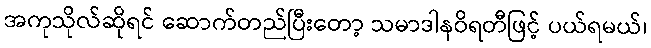
အကုသိုလ်ဆိုရင် ဆောက်တည်ပြီးတော့ သမာဒါနဝိရတီဖြင့် ပယ်ရမယ်၊